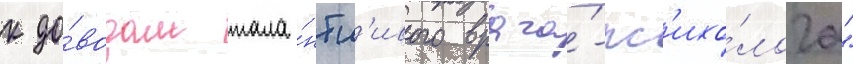
к до́водам тала́нтл'ивого врача́-пс'ихо́лога"